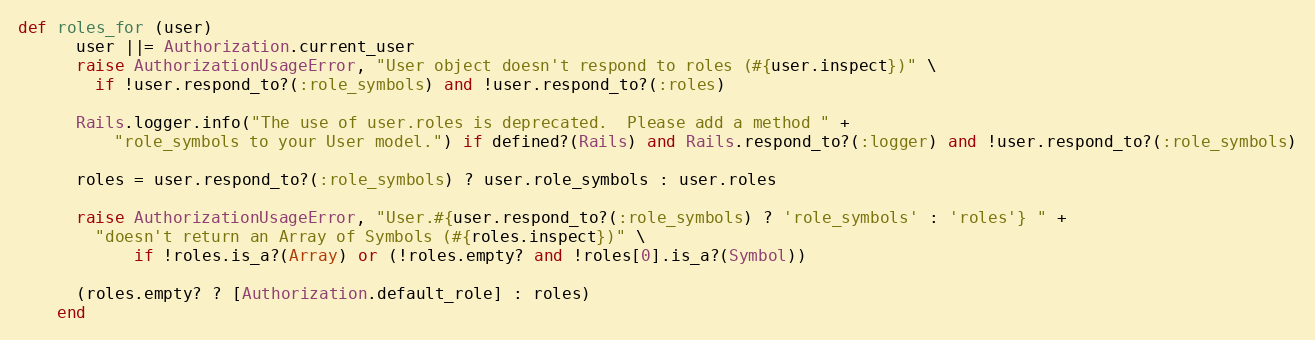
Language: Ruby
def roles_for (user)
      user ||= Authorization.current_user
      raise AuthorizationUsageError, "User object doesn't respond to roles (#{user.inspect})" \
        if !user.respond_to?(:role_symbols) and !user.respond_to?(:roles)

      Rails.logger.info("The use of user.roles is deprecated.  Please add a method " +
          "role_symbols to your User model.") if defined?(Rails) and Rails.respond_to?(:logger) and !user.respond_to?(:role_symbols)

      roles = user.respond_to?(:role_symbols) ? user.role_symbols : user.roles

      raise AuthorizationUsageError, "User.#{user.respond_to?(:role_symbols) ? 'role_symbols' : 'roles'} " +
        "doesn't return an Array of Symbols (#{roles.inspect})" \
            if !roles.is_a?(Array) or (!roles.empty? and !roles[0].is_a?(Symbol))

      (roles.empty? ? [Authorization.default_role] : roles)
    end